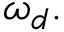
\omega _ { d } .